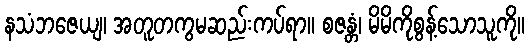
နသံဘဇေယျ၊ အတူတကွမဆည်းကပ်ရာ။ စဇန္တံ၊ မိမိကိုစွန့်သောသူကို။